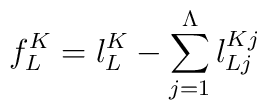
f^K_L = l^K_L - \sum_{j=1}^{\Lambda} l^{Kj}_{Lj}